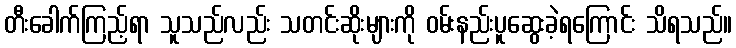
တီးခေါက်ကြည့်ရာ သူသည်လည်း သတင်းဆိုးများကို ဝမ်းနည်းပူဆွေးခဲ့ရကြောင်း သိရသည်။